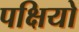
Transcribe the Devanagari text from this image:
पक्षियो